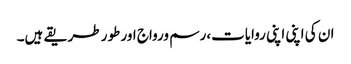
ان کی اپنی اپنی روایات،رسم ورواج اور طور طریقے ہیں۔